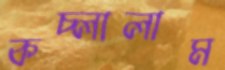
কচ্‌লালাম